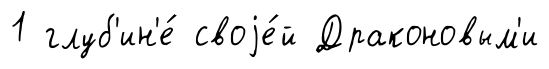
1 глуб'ин'е́ своjе́й Драконовым'и